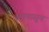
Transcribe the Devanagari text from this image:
वृत्तापासून